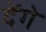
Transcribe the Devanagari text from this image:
देेंगे